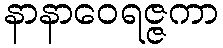
နာနာဝေရဇ္ဇကာ